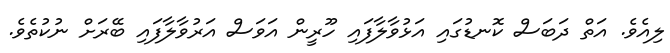
ލިއެވެ. އަތް ދަބަސް ކޮނޑުގައި އަޅުވާލާފައި ހޫރީން އަވަސް އަރުވާލާފައި ބޭރަށް ނުކުތެވެ.